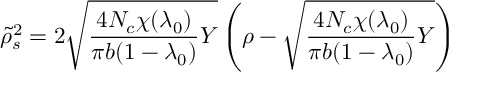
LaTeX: \tilde { \rho } _ { s } ^ { 2 } = 2 { \sqrt { { \frac { 4 N _ { c } \chi ( \lambda _ { 0 } ) } { \pi b ( 1 - \lambda _ { 0 } ) } } Y } } \left( \rho - { \sqrt { { \frac { 4 N _ { c } \chi ( \lambda _ { 0 } ) } { \pi b ( 1 - \lambda _ { 0 } ) } } Y } } \right)